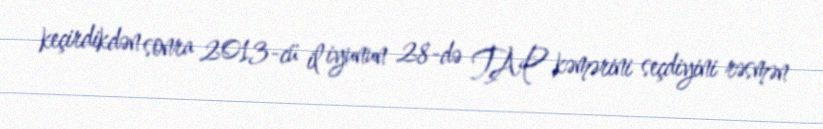
keçirdikdən sonra 2013-cü il iyunun 28-də TAP kəmərini seçdiyini rəsmən